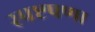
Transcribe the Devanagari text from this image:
स्पष्टपणा